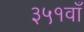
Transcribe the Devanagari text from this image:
३५१वाँ